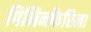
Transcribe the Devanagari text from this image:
पिनिनफैरिना